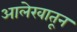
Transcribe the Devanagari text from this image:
आलेखातून